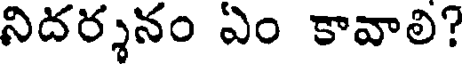
నిదర్శనం ఏం కావాలి?